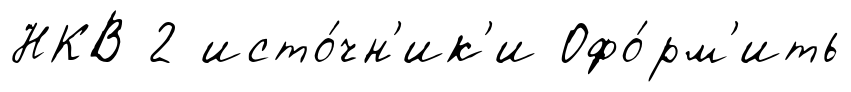
НКВ 2 исто́чн'ик'и Офо́рм'ить